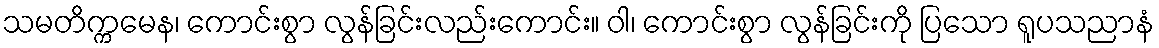
သမတိက္ကမေန၊ ကောင်းစွာ လွန်ခြင်းလည်းကောင်း။ ဝါ၊ ကောင်းစွာ လွန်ခြင်းကို ပြသော ရူပသညာနံ